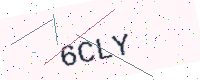
Text: 6CLY